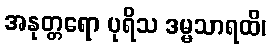
အနုတ္တရော ပုရိသ ဒမ္မသာရထိ၊